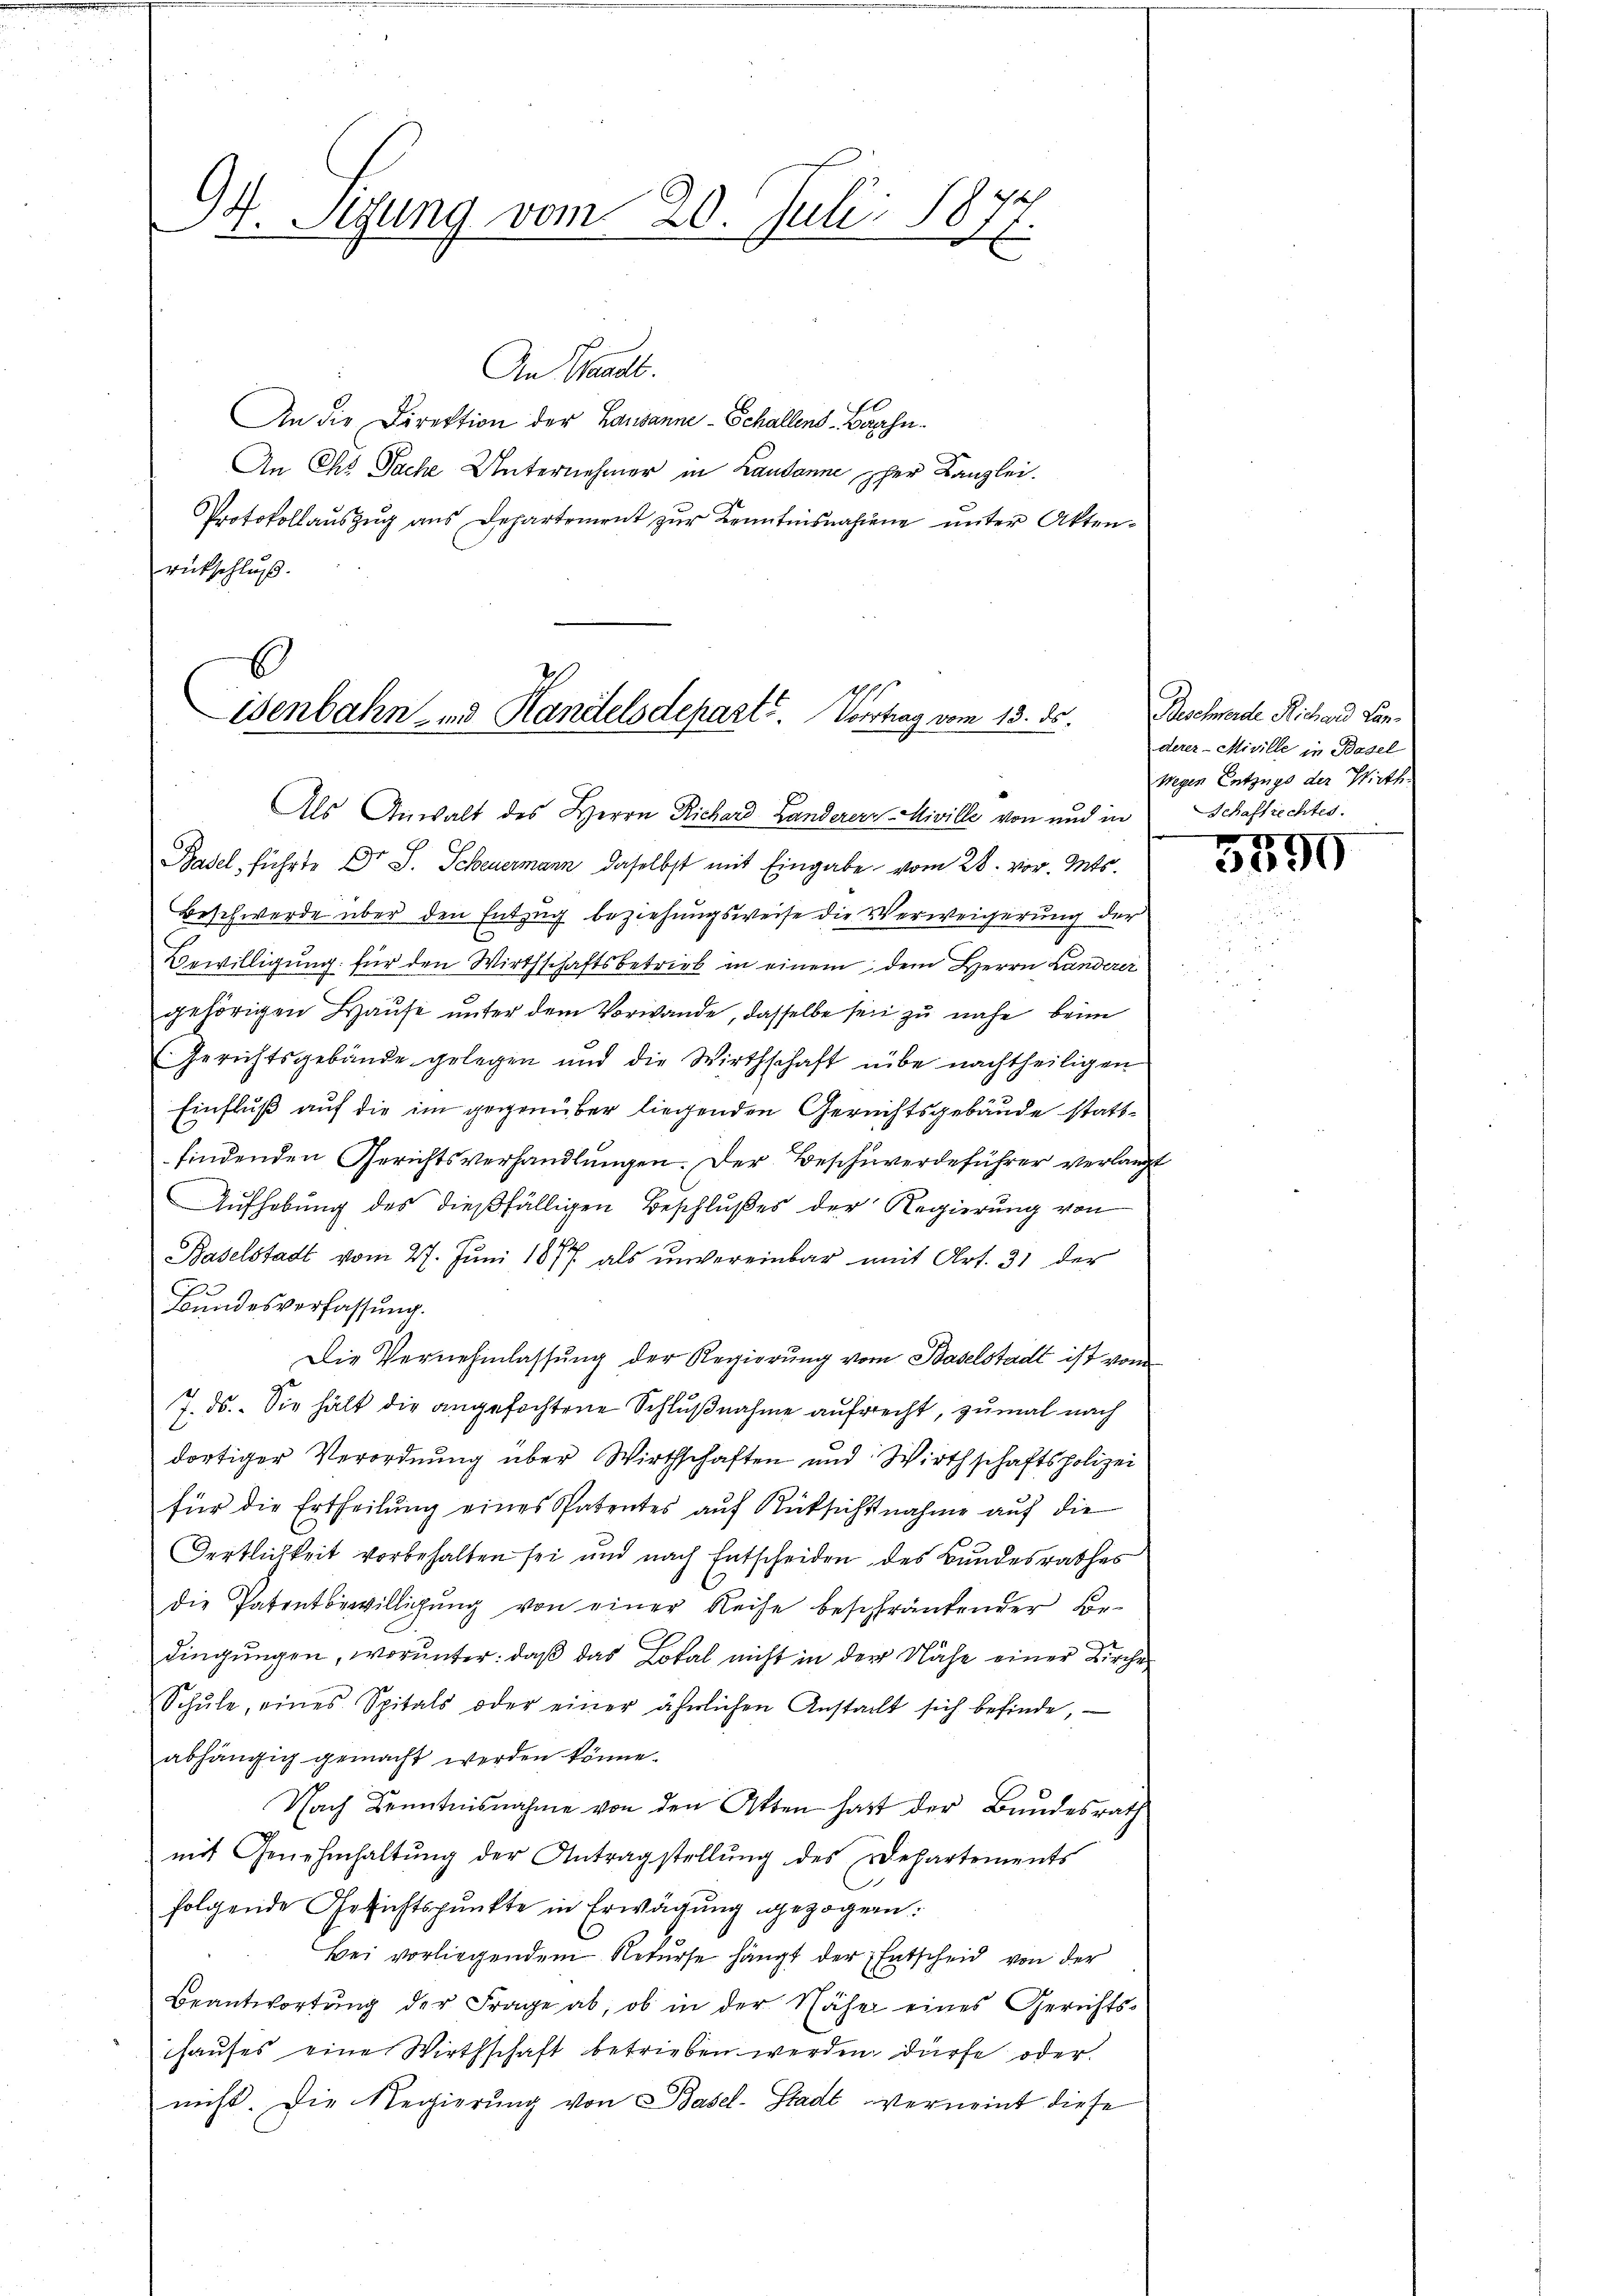
94. Sigung vom 20. Juli 1877.

An Standt.
An die Direktion der Lausanne - Schallens-Baahn¬
An Ehe Sache Unternehmer in Laudonne per Kanzlei.
Protokollauszug aus Departement zur Kenntnisnahme unter Aktenrückschluß.

E
isenbahn- und Handelsdepart. Vortrag vom 13. ds.

Als Anwalt des Herrn Richard Landerer Miville von und in
Basel, führte Dr. S. Scheuermann daselbst mit Eingabe vom 28. vor. Mts.
Beschwerde über den Entzug beziehungsweise die Verweigerung der
Bewilligung für den Wirthschaftsbetrieb in einem dem Herrn Landerei
gehörigen Hause unter dem Vorwande, dasselbe sein zu nahe beim
(Gerichtsgebäude gelegen und die Wirthschaft übe nachtheiligen
Einfluß auf die im gegenüber liegenden Gerichtsgebäude stattfindenden Gerichtsverhandlungen. Der Beschwerdeführer verlangt
Aufhebung des dießfälligen Beschlußes der Regierung von
Baselstadt vom 27. Juni 1877 als unvereinbar mit Art. 31 der
Bundesverfassung.
Die Vernehmlassung der Regierung vom Baselstadt ist vom
7. ds. Sie hält die angefochtene Schlußnahme aufrecht, zumal nach
dortiger Verordnung über Wirthschaften und Wirthschaftspolizei
für die Ertheilung eines Patentes auf Rüksichtnahme auf die
Hertlichkeit vorbehalten sei und nach Entscheiden des Bundesrathes
die Patentbewilligŭng von einer Reise beschränkender Bedingungen, worunter: daß das Lokal nicht in der Nähe einer Kirche
Schŭle, eines Spitals oder einer ähnlichen Anstacht sich befinde
abhängig gemacht werden könne.
Nach Kenntnisnahme von den Atten hatt der Bundesrath
mit Genehmhaltŭng der Antragstellŭng des Departements
folgende Gesichtspunkte in Erwägung gezogen.
Bei vorliegendem Rekurse hängt der Entscheid von der
Beantwortŭng der Frage ab, ob in der Nähe eines Gerichts-
hauses eine Wirthschaft betrieben werden dürfe oder
nicht. Die Regierung von Basel-Stadt verneint diese

Beschende Richard Landerer-Miville in Basel
wegen Entzuge der Wirth¬
Schaftrechtes.

3090